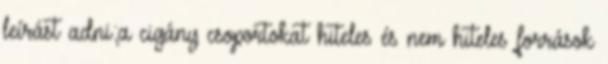
leírást adni;a cigány csoportokat hiteles és nem hiteles források